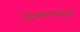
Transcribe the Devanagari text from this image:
ट्रिकनामस